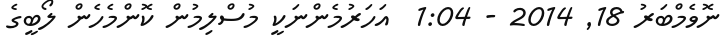
ނޮވެމްބަރު 18